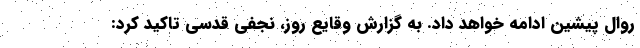
روال پیشین ادامه خواهد داد. به گزارش وقایع روز، نجفی قدسی تاکید کرد: